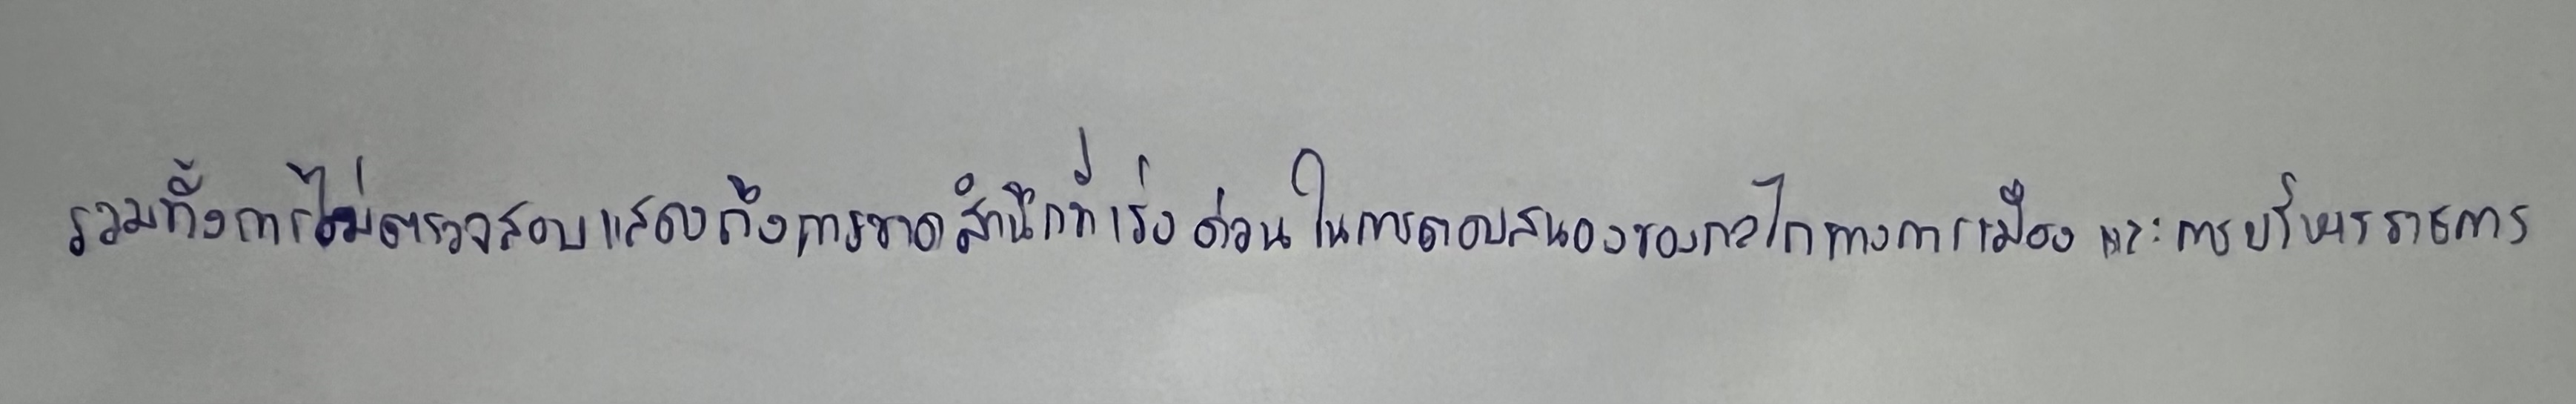
รวมทั้งการไม่ตรวจสอบแสดงถึงการขาดสำนึกที่เร่งด่วนในการตอบสนองของกลไกทางการเมืองและการบริหารราชการ